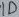
Text: ID